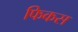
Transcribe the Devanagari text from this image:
फिकस